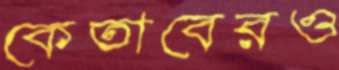
কেতাবেরও